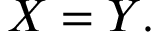
X = Y .